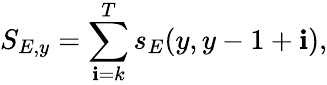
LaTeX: S_{E,y}=\sum_{\mathbf{i}=k}^{T}s_{E}(y,y-1+\mathbf{i}),